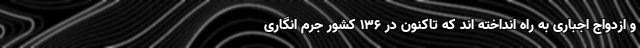
و ازدواج اجباری به راه انداخته اند که تاکنون در ۱۳۶ کشور جرم انگاری